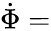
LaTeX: \dot{\Phi}=